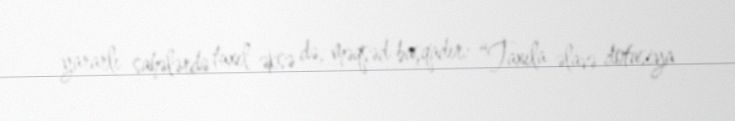
yararlı sahələrdə taxıl əksə də, məqsəd başqadır: “Taxıla əlavə dotasiya